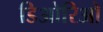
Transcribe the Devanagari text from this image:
डिओरिओ